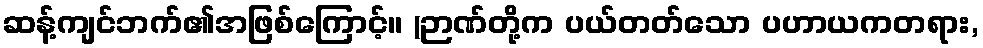
ဆန့်ကျင်ဘက်၏အဖြစ်ကြောင့်။ (ဉာဏ်တို့က ပယ်တတ်သော ပဟာယကတရား,